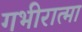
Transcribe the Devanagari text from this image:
गभीरात्मा